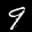
Label: 9